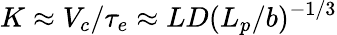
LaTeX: K\approx V_{c}/\tau_{e}\approx LD(L_{p}/b)^{-1/3}